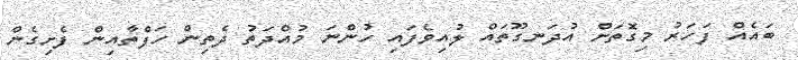
ބައެއް ފަހަރު މިގޮތަށް އުދަނގޫތައް ލުއިވެފައި ހުންނަ މުއްދަތު ދެތިން ހަފްތާއިން ފެށިގެން